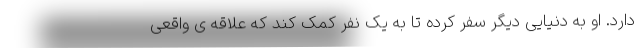
دارد. او به دنیایی دیگر سفر کرده تا به یک نفر کمک کند که علاقه ی واقعی